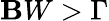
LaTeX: \mathbf{B}W>\Gamma